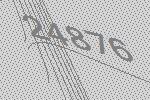
24876